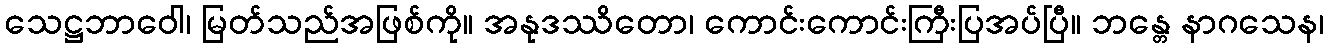
သေဋ္ဌဘာဝေါ၊ မြတ်သည်အဖြစ်ကို။ အနုဒဿိတော၊ ကောင်းကောင်းကြီးပြအပ်ပြီ။ ဘန္တေ နာဂသေန၊